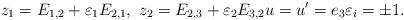
LaTeX: \begin{align*}z_{1}=E_{1,2}+\varepsilon_{1}E_{2,1},\ z_{2}=E_{2,3}+\varepsilon_{2}E_{3,2}u=u'=e_{3}\varepsilon_{i}=\pm1.\end{align*}